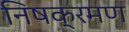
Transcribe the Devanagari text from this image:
निषक्रमण